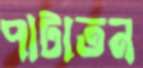
পাটাতন